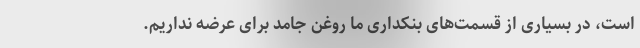
است، در بسیاری از قسمت‌های بنکداری ما روغن جامد برای عرضه نداریم.